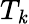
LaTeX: T_{\mathit{k}}